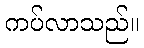
ကပ်လာသည်။